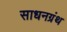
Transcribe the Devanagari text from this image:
साधनग्रंथ